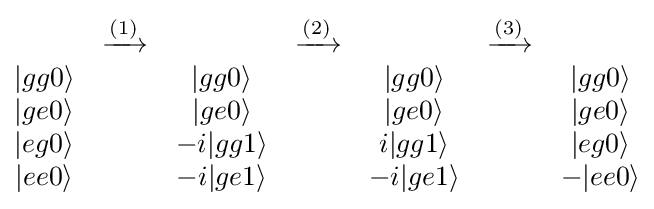
{\begin{matrix}&{\xrightarrow {(1)}}&&{\xrightarrow {(2)}}&&{\xrightarrow {(3)}}\\|gg0\rangle &&|gg0\rangle &&|gg0\rangle &&|gg0\rangle \\|ge0\rangle &&|ge0\rangle &&|ge0\rangle &&|ge0\rangle \\|eg0\rangle &&-i|gg1\rangle &&i|gg1\rangle &&|eg0\rangle \\|ee0\rangle &&-i|ge1\rangle &&-i|ge1\rangle &&-|ee0\rangle \end{matrix}}